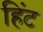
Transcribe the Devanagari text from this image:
हिंट